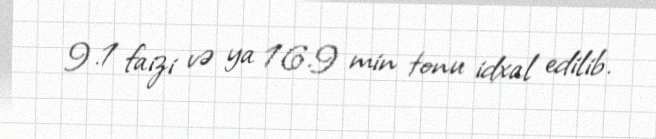
9.1 faizi və ya 16.9 min tonu idxal edilib.